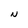
Character: N